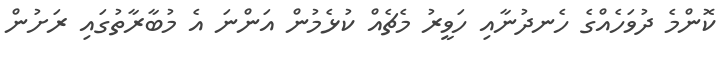
ކޮންމެ ދުވަހެއްގެ ހެނދުނާއި ހަވީރު މެޗެއް ކުޅެމުން އަންނަ އެ މުބާރާތުގައި ރަށުން